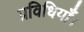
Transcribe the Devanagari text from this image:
प्रविधियाँ।